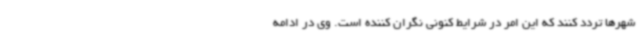
شهرها تردد کنند که این امر در شرایط کنونی نگران کننده است. وی در ادامه